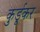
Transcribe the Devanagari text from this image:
कुर्डूकर